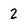
Character: 2